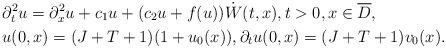
LaTeX: \begin{align*}\begin{aligned}&\partial^2_tu=\partial^2_xu+c_1u+(c_2u+f(u)) \dot{W}(t,x),t>0,x\in \overline{D},\\&u(0,x)=(J+T+1)(1+u_0(x)),\partial_tu(0,x)=(J+T+1)v_0(x).\\\end{aligned} \end{align*}